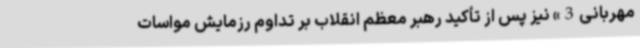
مهربانی3» نیز پس از تأکید رهبر معظم انقلاب بر تداوم رزمایش مواسات